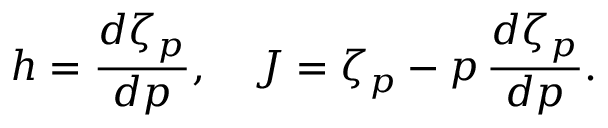
h = \frac { d \zeta _ { p } } { d p } , \quad J = \zeta _ { p } - p \, \frac { d \zeta _ { p } } { d p } .